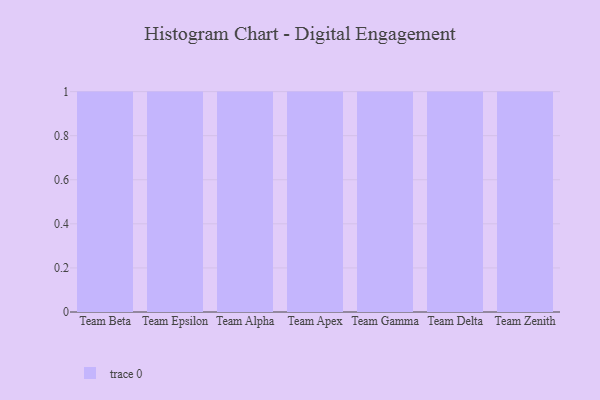
{"axis": {"x": "Team", "y": "Website Visitors"}, "legend": [""], "data": [{"x": "Team Beta", "y": 76, "type": ""}, {"x": "Team Epsilon", "y": 42, "type": ""}, {"x": "Team Alpha", "y": 44, "type": ""}, {"x": "Team Apex", "y": 9, "type": ""}, {"x": "Team Gamma", "y": 53, "type": ""}, {"x": "Team Delta", "y": 71, "type": ""}, {"x": "Team Zenith", "y": 98, "type": ""}]}